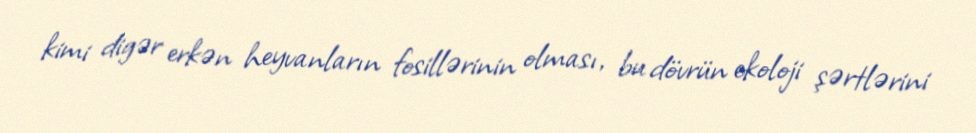
kimi digər erkən heyvanların fosillərinin olması, bu dövrün ekoloji şərtlərini